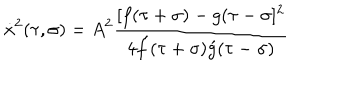
\dot { x } ^ { 2 } ( \tau , \sigma ) = A ^ { 2 } \frac { [ f ( \tau + \sigma ) - g ( \tau - \sigma ] ^ { 2 } } { 4 \acute { f } ( \tau + \sigma ) \acute { g } ( \tau - \sigma ) }